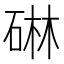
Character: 碄